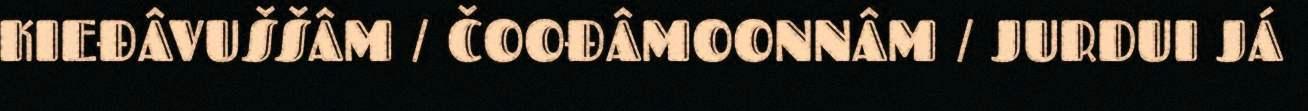
KIEĐÂVUŠŠÂM / ČOOĐÂMOONNÂM / JURDUI JÁ